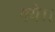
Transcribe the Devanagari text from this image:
गये।।